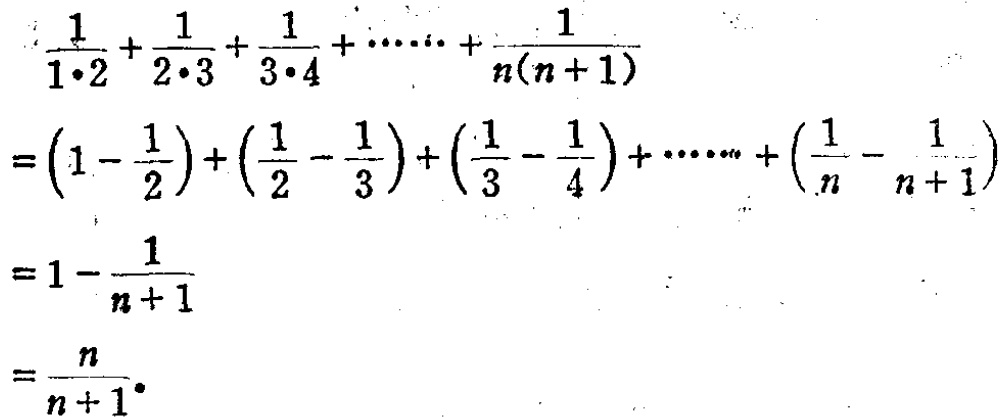
\[

\begin{align*}

&\frac{1}{1\cdot2}+\frac{1}{2\cdot3}+\frac{1}{3\cdot4}+\cdots+\frac{1}{n(n + 1)}\\

=&\left(1-\frac{1}{2}\right)+\left(\frac{1}{2}-\frac{1}{3}\right)+\left(\frac{1}{3}-\frac{1}{4}\right)+\cdots+\left(\frac{1}{n}-\frac{1}{n + 1}\right)\\

=&1-\frac{1}{n + 1}\\

=&\frac{n}{n + 1}

\end{align*}

\]